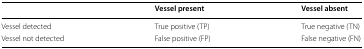
<table><thead><tr><td></td><td><b>Vessel present</b></td><td><b>Vessel absent</b></td></tr></thead><tbody><tr><td>Vessel detected</td><td>True positive (TP)</td><td>True negative (TN)</td></tr><tr><td>Vessel not detected</td><td>False positive (FP)</td><td>False negative (FN)</td></tr></tbody></table>